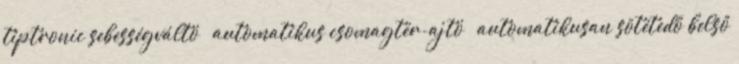
tiptronic sebességváltó – automatikus csomagtér-ajtó – automatikusan sötétedő belső